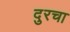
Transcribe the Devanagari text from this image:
दुरचा